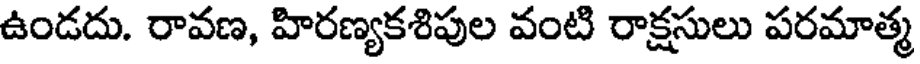
ఉండదు. రావణ, హిరణ్యకశిపుల వంటి రాక్షసులు పరమాత్మ